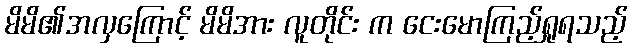
မိမိ၏အလှကြောင့် မိမိအား လူတိုင်း က ငေးမောကြည့်ရှုရသည့်